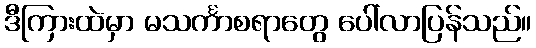
ဒီကြားထဲမှာ မသင်္ကာစရာတွေ ပေါ်လာပြန်သည်။